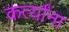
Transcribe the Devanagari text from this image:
कर्त्यांना